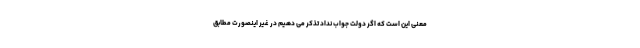
معنی این است که اگر دولت جواب نداد تذکر می دهیم در غیر اینصورت مطابق